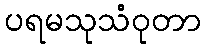
ပရမသုသံဝုတာ